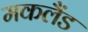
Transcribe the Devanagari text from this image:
मकलैंड